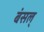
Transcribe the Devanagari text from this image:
बंसल्